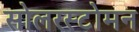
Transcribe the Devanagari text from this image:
सोलरस्टोमन